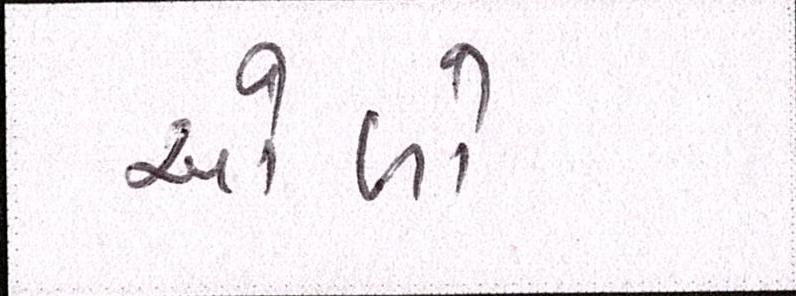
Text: ઓળો